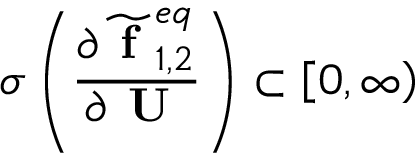
\sigma \left( \frac { \partial \widetilde { \textbf { f } } _ { 1 , 2 } ^ { e q } } { \partial \textbf { U } } \right) \subset \left[ 0 , \infty \right)